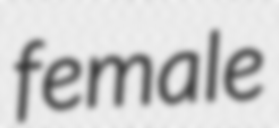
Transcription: female